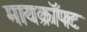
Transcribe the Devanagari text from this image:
मायक्राॅफ्ट